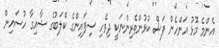
އެންމެ މޮޅު އަންހެން ފަސް ކުޅުންތެރިންނަކީ ދިވެހި ސިފައިންގެ ކްލަބުގެ ޝާއިގާ ހުސައިން